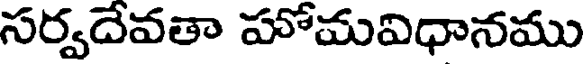
సర్వదేవతా హోమవిధానము